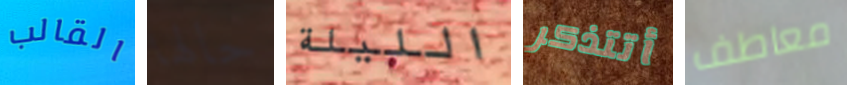
القالب حالها الليلة أتتذكر معاطف